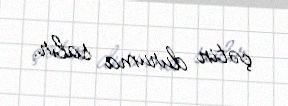
çətin duruma salır.